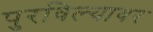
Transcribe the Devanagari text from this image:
पुरविल्यावर